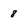
Character: 8